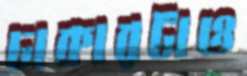
ঢাকারটাও